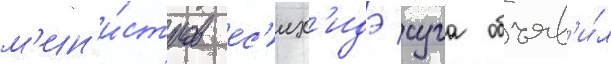
м'ин'и́стров ес'их'идэ суга объяв'и́л